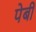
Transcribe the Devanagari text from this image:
पेबी